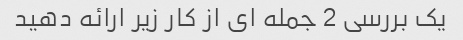
یک بررسی 2 جمله ای از کار زیر ارائه دهید